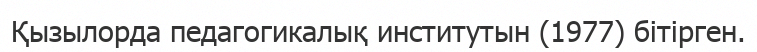
Қызылорда педагогикалық институтын (1977) бітірген.